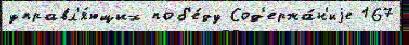
управл'я́ющих поб'е́ду Сод'ержа́н'иjе 167